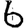
Digit: 6